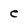
Character: e